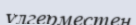
үлгерместен